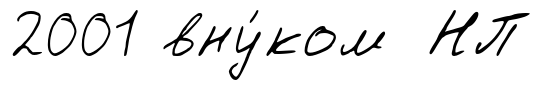
2001 вну́ком НП